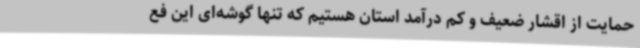
حمایت از اقشار ضعیف و کم درآمد استان هستیم که تنها گوشه‌ای این فع